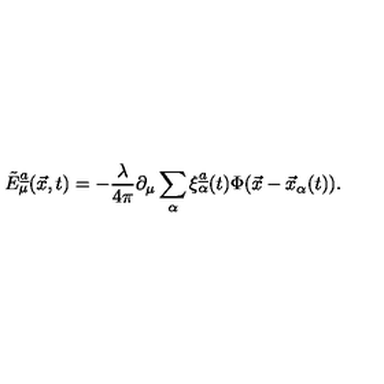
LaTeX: \tilde { E } _ { \mu } \sp { \underline { { a } } } ( \vec { x } , t ) = - { \frac { \lambda } { 4 \pi } } \partial _ { \mu } \sum _ { \alpha } \xi _ { \alpha } ^ { \underline { { a } } } ( t ) \Phi ( \vec { x } - \vec { x } _ { \alpha } ( t ) ) .